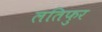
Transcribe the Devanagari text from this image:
लतिफुर